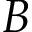
B